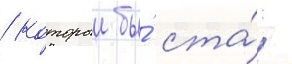
/ которыи бы́ ста́л